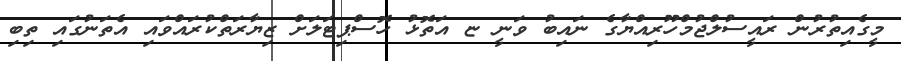
މީގެއިތުރުން ރައީސުލްޖުމްހޫރިއްޔާގެ ނައިބު ވަނީ ޏ އަތޮޅު ހޮސްޕިޓަލަށް ޒިޔާރަތްކުރައްވައި އެތަނުގައި ތިބި